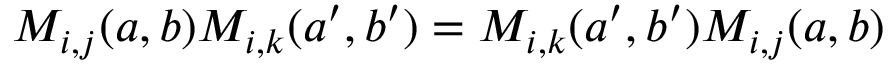
M _ { i , j } ( a , b ) M _ { i , k } ( a ^ { \prime } , b ^ { \prime } ) = M _ { i , k } ( a ^ { \prime } , b ^ { \prime } ) M _ { i , j } ( a , b )